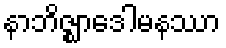
နာဘိဇ္ဈာဒေါမနဿာ